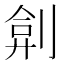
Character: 𠝢